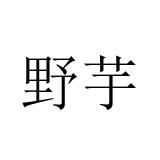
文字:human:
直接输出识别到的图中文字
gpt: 野芋